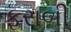
ફરાબી